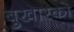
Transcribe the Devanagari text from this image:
बुखारको